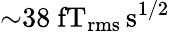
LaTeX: {\sim}38~\mathrm{fT_{rms}\, s^{1/2}}